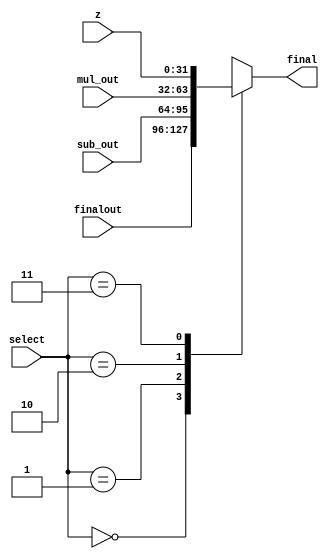
module mux(finalout,sub_out,mul_out,z,select,final);
  output reg [31:0] final;
  input [31:0] finalout,sub_out,mul_out,z;
  input [1:0] select;
  always @(select)
  case (select)
  
  //if select is 2'b00 we select finalout output of adder
  0: final=finalout;
  
  //if select is 2'b01 we select sub_out output of subtractor
  1:final=sub_out;
  
  //if select is 2'b10 we select mul_out output of multiplier
  2: final=mul_out;
  
  //if select is 2'b11 we select z output of divider 
  3: final=z;
endcase
endmodule